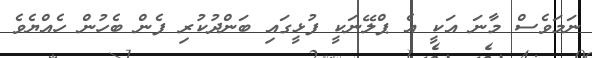
ނަމަވެސް މާނަ އަކީ އެ ޕްލޭނަކީ ފުޅީގައި ބަންދުކުރި ފެން ބެހުން ހެއްޔެވެ